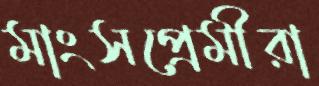
মাংসপ্রেমীরা